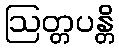
ဩတ္တပန္တိ